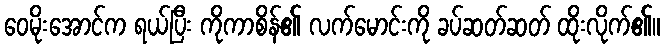
ဝေမိုးအောင်က ရယ်ပြီး ကိုကာစိန်၏ လက်မောင်းကို ခပ်ဆတ်ဆတ် ထိုးလိုက်၏။